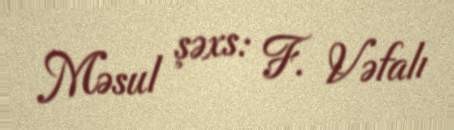
Məsul şəxs: F. Vəfalı